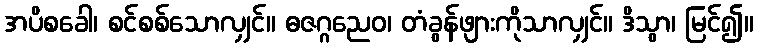
အပိစခေါ၊ စင်စစ်သောလျှင်။ ဓဇဂ္ဂညေဝ၊ တံခွန်ဖျားကိုသာလျှင်။ ဒိသွာ၊ မြင်၍။